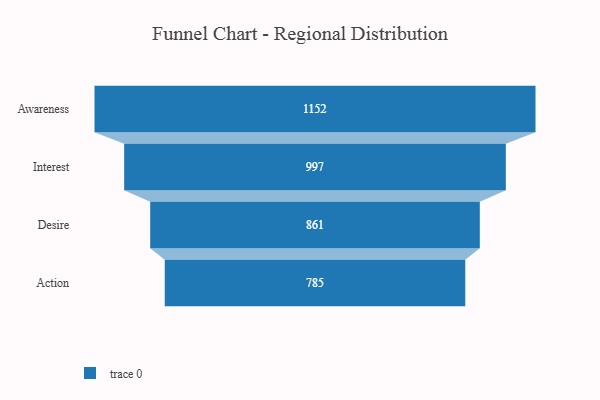
{"axis": {"x": "Stage", "y": "Value"}, "legend": [""], "data": [{"x": "Awareness", "y": 1152.0, "type": ""}, {"x": "Interest", "y": 997.0, "type": ""}, {"x": "Desire", "y": 861.0, "type": ""}, {"x": "Action", "y": 785.0, "type": ""}]}